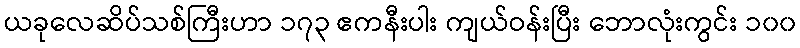
ယခုလေဆိပ်သစ်ကြီးဟာ ၁၇၃ ဧကနီးပါး ကျယ်ဝန်းပြီး ဘောလုံးကွင်း ၁၀၀